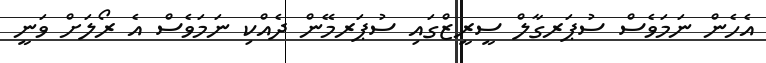
އެހެން ނަމަވެސް ސުޕަރގާލް ސީރީޒްގައި ސުޕަރމޭން ދެއްކި ނަމަވެސް އެ ރޯލަށް ވަނީ